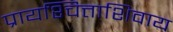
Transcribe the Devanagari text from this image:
प्रायश्चित्ताशिवाय